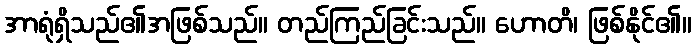
အာရုံရှိသည်၏အဖြစ်သည်။ တည်ကြည်ခြင်းသည်။ ဟောတိ၊ ဖြစ်နိုင်၏။